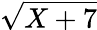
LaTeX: \sqrt{X+7}